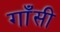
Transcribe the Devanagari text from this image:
गाँसी